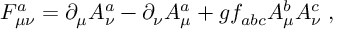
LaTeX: F _ { \mu \nu } ^ { a } = \partial _ { \mu } A _ { \nu } ^ { a } - \partial _ { \nu } A _ { \mu } ^ { a } + g f _ { a b c } A _ { \mu } ^ { b } A _ { \nu } ^ { c } \; ,